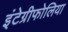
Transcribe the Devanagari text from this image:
इंटेग्रीफोलिया